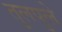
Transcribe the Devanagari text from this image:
तुलपुले